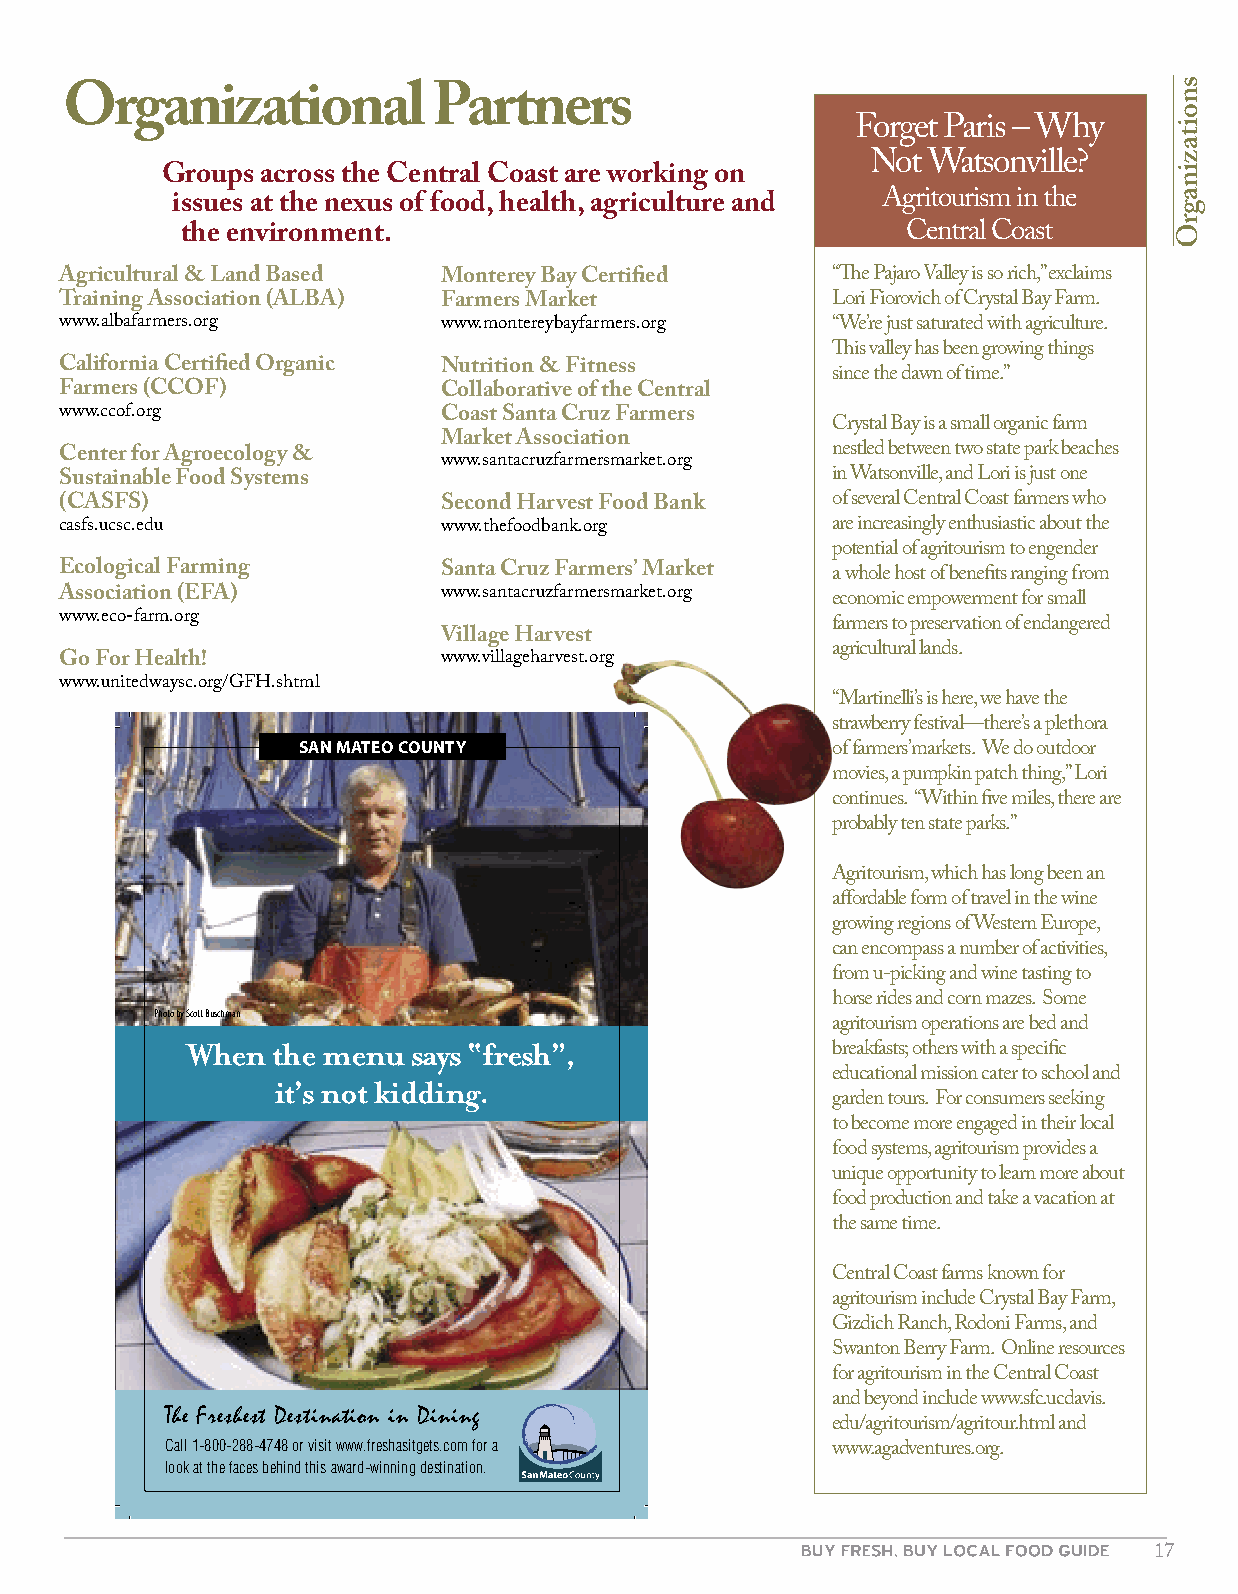
Organizational           Partners
 Forget Paris – Why
 Not Watsonville?
 Groups across the Central Coast are working on
 issues at the nexus of food, health, agriculture and Agritourism in the
 the environment.                                Central Coast
 Agricultural & Land Based Monterey Bay Certified   “The Pajaro Valley is so rich,” exclaims
 Training Association (ALBA) Farmers Market         Lori Fiorovich of Crystal Bay Farm.
 www.albafarmers.org      www.montereybayfarmers.org “We’re just saturated with agriculture.
 This valley has been growing things
 California Certified Organic Nutrition & Fitness
 since the dawn of time.”
 Farmers (CCOF)           Collaborative of the Central
 www.ccof.org             Coast Santa Cruz Farmers
 Crystal Bay is a small organic farm
 Market Association
 Center for Agroecology &                           nestled between two state park beaches
 www.santacruzfarmersmarket.org
 Sustainable Food Systems                           in Watsonville, and Lori is just one
 (CASFS)                  Second Harvest Food Bank  of several Central Coast farmers who
 casfs.ucsc.edu           www.thefoodbank.org       are increasingly enthusiastic about the
 potential of agritourism to engender
 Ecological Farming       Santa Cruz Farmers’ Market a whole host of benefits ranging from
 Association (EFA)        www.santacruzfarmersmarket.org economic empowerment for small
 www.eco-farm.org
 farmers to preservation of endangered
 Village Harvest
 agricultural lands.
 Go For Health!           www.villageharvest.org
 www.unitedwaysc.org/GFH.shtml
 “Martinelli’s is here, we have the
 strawberry festival—there’s a plethora
 �����������������
 of farmers’ markets. We do outdoor
 movies, a pumpkin patch thing,” Lori
 continues. “Within five miles, there are
 probably ten state parks.”
 Agritourism, which has long been an
 affordable form of travel in the wine
 growing regions of Western Europe,
 can encompass a number of activities,
 from u-picking and wine tasting to
 horse rides and corn mazes. Some
 �����������������������
 agritourism operations are bed and
 ����������������������������
 breakfasts; others with a specific
 �����������������                    educational mission cater to school and
 garden tours. For consumers seeking
 to become more engaged in their local
 food systems, agritourism provides a
 unique opportunity to learn more about
 food production and take a vacation at
 the same time.
 Central Coast farms known for
 agritourism include Crystal Bay Farm,
 Gizdich Ranch, Rodoni Farms, and
 Swanton Berry Farm. Online resources
 for agritourism in the Central Coast
 and beyond include www.sfc.ucdavis.
 The Freshest Destination in Dining
 edu/agritourism/agritour.html and
 ���������������������������������������������������������
 www.agadventures.org.
 ���������������������������������������������������������
 17
 snoitazinagrO